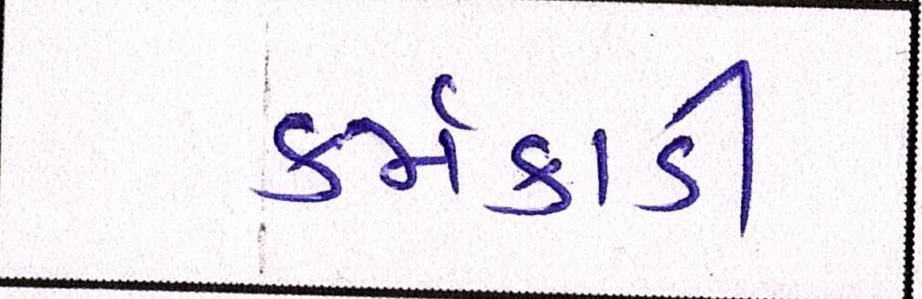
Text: કર્મકાંડી